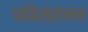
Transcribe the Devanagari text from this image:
पाकिस्तानन